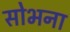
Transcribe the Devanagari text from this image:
सोभना